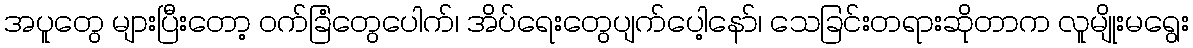
အပူတွေ များပြီးတော့ ဝက်ခြံတွေပေါက်၊ အိပ်ရေးတွေပျက်ပေါ့နော်၊ သေခြင်းတရားဆိုတာက လူမျိုးမရွေး